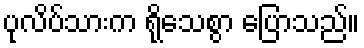
ပုလိပ်သားက ရိုသေစွာ ပြောသည်။